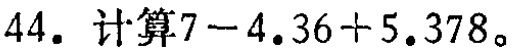
44. 计算\(7 - 4.36 + 5.378\)。